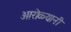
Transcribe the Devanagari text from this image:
आरोळ्यानी